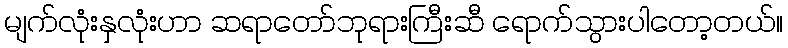
မျက်လုံးနှလုံးဟာ ဆရာတော်ဘုရားကြီးဆီ ရောက်သွားပါတော့တယ်။